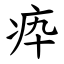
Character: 疩